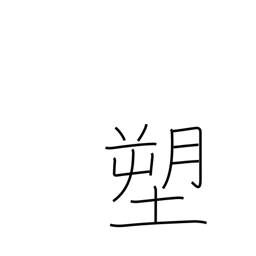
Meaning: molding